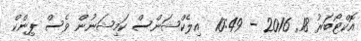
އޮކްޓޯބަރު 18